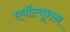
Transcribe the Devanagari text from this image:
एवॉल्यूशन